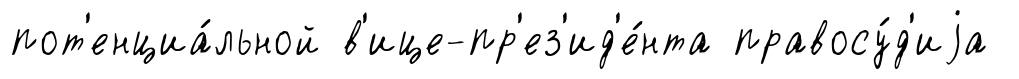
пот'енциа́льной в'ице-пр'ез'ид'е́нта правосу́д'иjа